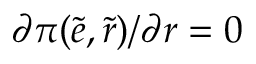
\partial \pi ( \tilde { e } , \tilde { r } ) / \partial r = 0